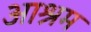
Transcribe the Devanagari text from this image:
अाश्रम